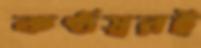
কণ্ঠস্বরই